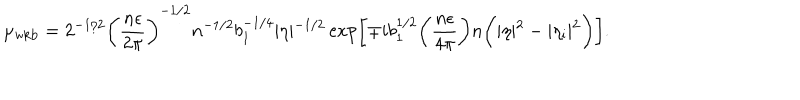
\mu _ { \mathrm { w k b } } = 2 ^ { - 1 / 2 } \biggl ( \frac { n \epsilon } { 2 \pi } \biggr ) ^ { - 1 / 2 } n ^ { - 1 / 2 } b _ { 1 } ^ { - 1 / 4 } \vert \eta \vert ^ { - 1 / 2 } \exp \biggl [ \mp i b _ { 1 } ^ { 1 / 2 } \biggl ( \frac { n \epsilon } { 4 \pi } \biggr ) n \biggl ( \vert \eta \vert ^ { 2 } - \vert \eta _ { \mathrm { i } } \vert ^ { 2 } \biggr ) \biggr ] .